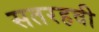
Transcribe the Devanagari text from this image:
सतरहवी